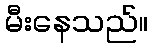
မီးနေသည်။